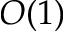
O ( 1 )